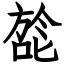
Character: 旕